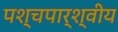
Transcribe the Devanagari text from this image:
पश्चपार्श्वीय